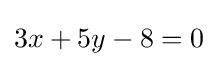
3x+5y-8=0